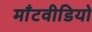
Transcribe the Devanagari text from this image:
माँटवीडियो